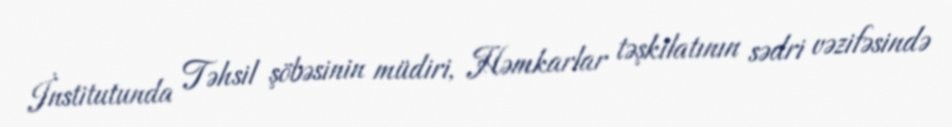
İnstitutunda Təhsil şöbəsinin müdiri, Həmkarlar təşkilatının sədri vəzifəsində